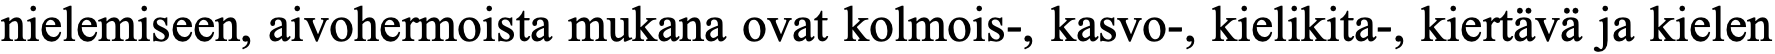
nielemiseen, aivohermoista mukana ovat kolmois-, kasvo-, kielikita-, kiertävä ja kielen